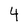
Character: 4